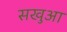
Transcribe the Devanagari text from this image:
सखुआ